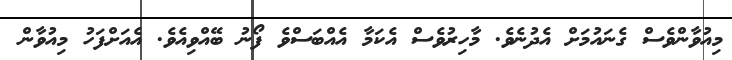
މިއުވާންވެސް ގެނައުމަށް އެދުނެވެ. މާހިރުވެސް އެކަމާ އެއްބަސްވެ ފޯނު ބޭއްވިއެވެ. އެއަށްފަހު މިއުވާން